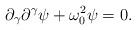
LaTeX: \begin{align*}\partial_{\gamma}\partial^{\gamma} \psi + \omega_{0}^{2} \psi = 0.\end{align*}